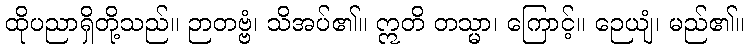
ထိုပညာရှိတို့သည်။ ဉာတဗ္ဗံ၊ သိအပ်၏။ ဣတိ တသ္မာ၊ ကြောင့်။ ဉေယျံ၊ မည်၏။